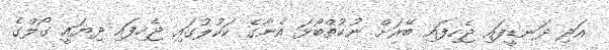
އަދި ދަނޑީފައި ޖެހިފައި ބޭރަށް ނުކުތްބޯޅަ އެނާގެ ކަކުލުގައި ޖެހިފައި ދިޔައީ ގޯލްގެ